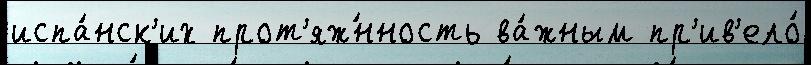
испа́нск'их прот'яж́нность ва́жным пр'ив'ело́